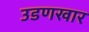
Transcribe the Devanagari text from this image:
उडणखार